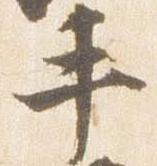
手